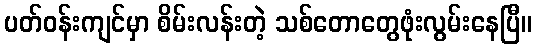
ပတ်ဝန်းကျင်မှာ စိမ်းလန်းတဲ့ သစ်တောတွေဖုံးလွမ်းနေပြီ။